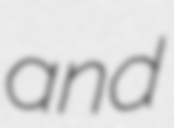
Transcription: and